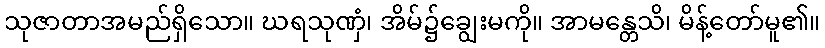
သုဇာတာအမည်ရှိသော။ ဃရသုဏှံ၊ အိမ်၌ချွေးမကို။ အာမန္တေသိ၊ မိန့်တော်မူ၏။